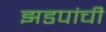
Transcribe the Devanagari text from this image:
झडपांची